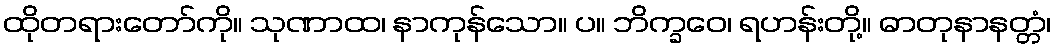
ထိုတရားတော်ကို။ သုဏာထ၊ နာကုန်သော။ ပ။ ဘိက္ခဝေ၊ ရဟန်းတို့။ ဓာတုနာနတ္တံ၊